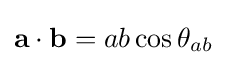
\mathbf {a\cdot b} =ab\cos \theta _{ab}\